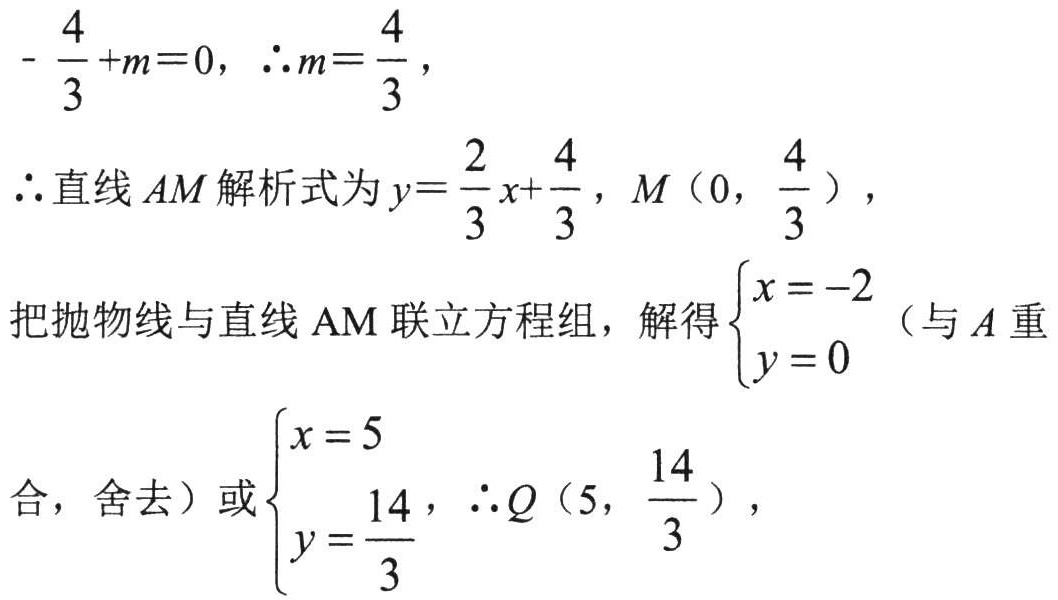
\(-\frac{4}{3}+m = 0, \therefore m=\frac{4}{3},\)
\(\therefore\)直线 \(AM\) 解析式为 \(y = \frac{2}{3}x+\frac{4}{3}, M(0,\frac{4}{3}),\)
把抛物线与直线 \(AM\) 联立方程组，解得\(\begin{cases}x = -2 \\ y = 0 \end{cases}\)（与 \(A\) 重
合，舍去）或\(\begin{cases}x = 5 \\ y = \frac{14}{3} \end{cases}, \therefore Q(5,\frac{14}{3}),\)